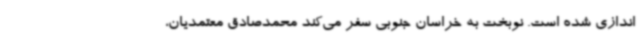
اندازی شده است. نوبخت به خراسان جنوبی سفر می‌کند محمدصادق معتمدیان،